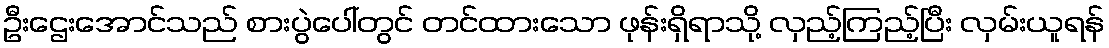
ဦးဌေးအောင်သည် စားပွဲပေါ်တွင် တင်ထားသော ဖုန်းရှိရာသို့ လှည့်ကြည့်ပြီး လှမ်းယူရန်